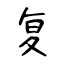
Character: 复